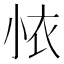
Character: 𭕊